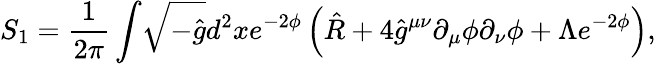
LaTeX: S_{1}=\frac{1}{2\pi}\int\! \sqrt{-\hat{g}}d^{2}xe^{-2\phi}\left(\hat{R}+4\hat{g}^{\mu\nu}\partial_{\mu}\phi\partial_{\nu}\phi+\Lambda e^{-2\phi}\right),